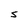
Character: s